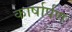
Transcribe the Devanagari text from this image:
कार्षार्पण